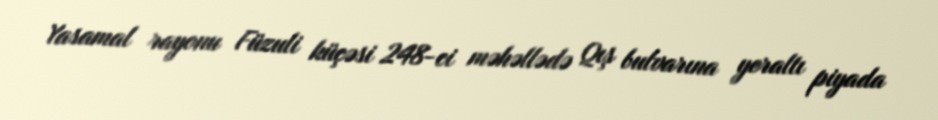
Yasamal rayonu Füzuli küçəsi 248-ci məhəllədə Qış bulvarına yeraltı piyada